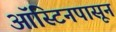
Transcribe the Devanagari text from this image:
ऑस्टिनपासून